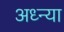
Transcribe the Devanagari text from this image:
अध्न्या